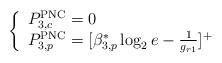
LaTeX: \begin{align*}\left\{\begin{array}{ll}P_{3,c}^{\mathrm{PNC}}=0\\P_{3,p}^{\mathrm{PNC}}=[\beta_{3,p}^*\log_2e-\frac{1}{g_{r1}}]^+\\\end{array}\right.\end{align*}